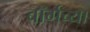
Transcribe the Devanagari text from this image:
बॉर्गच्या